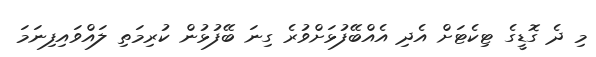
މި ދެ ގޮޑީގެ ޓިކެޓަށް އެދި އެއްބޭފުޅަށްވުރެ ގިނަ ބޭފުޅުން ކުރިމަތި ލައްވައިފިނަމަ